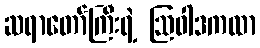
ဆရာတော်ကြီးရဲ့ ဩဝါဒကထာ